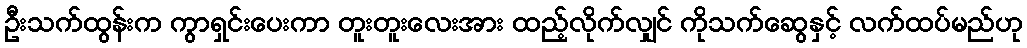
ဦးသက်ထွန်းက ကွာရှင်းပေးကာ တူးတူးလေးအား ထည့်လိုက်လျှင် ကိုသက်ဆွေနှင့် လက်ထပ်မည်ဟု